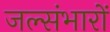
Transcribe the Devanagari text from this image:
जल्संभारों